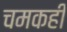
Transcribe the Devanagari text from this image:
चमकही